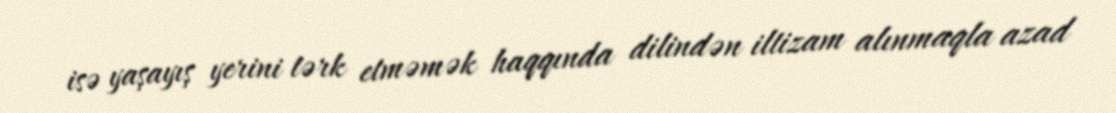
isə yaşayış yerini tərk etməmək haqqında dilindən iltizam alınmaqla azad